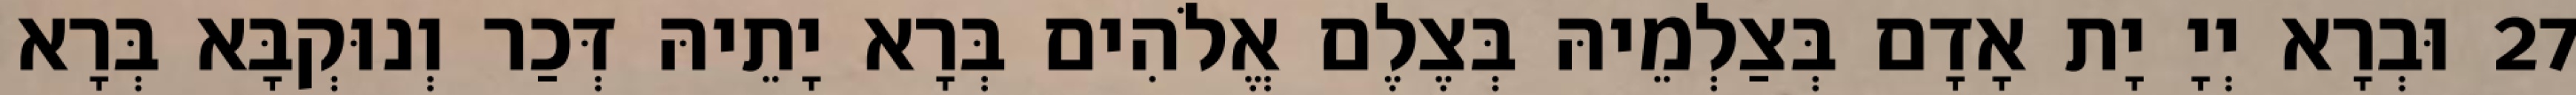
27 וּבְרָא יְיָ יָת אָדָם בְּצַלְמֵיהּ בְּצֶלֶם אֱלֹהִים בְּרָא יָתֵיהּ דְּכַר וְנוּקְבָּא בְּרָא